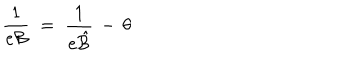
LaTeX: \frac { 1 } { e { \mathcal B } } \; = \; \frac { 1 } { e { \hat { \mathcal B } } } \, - \, \theta